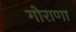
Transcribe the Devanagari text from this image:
गोराणा